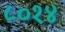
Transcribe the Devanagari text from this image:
८०१४